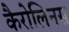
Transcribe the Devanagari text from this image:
कैरोलिनस